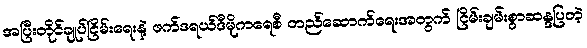
အပြီးတိုင်ချုပ်ငြိမ်းရေးနဲ့ ဖက်ဒရယ်ဒီမိုကရေစီ တည်ဆောက်ရေးအတွက် ငြိမ်းချမ်းစွာဆန္ဒပြတဲ့